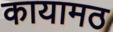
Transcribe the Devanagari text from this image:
कायामठ